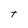
Character: t